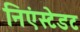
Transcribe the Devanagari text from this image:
निएंस्टेडट